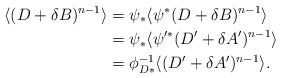
LaTeX: \begin{align*}\langle (D + \delta B)^{n-1} \rangle & = \psi_{*} \langle \psi^{*}(D+\delta B)^{n-1} \rangle \\& = \psi_{*} \langle \psi'^{*}(D' + \delta A')^{n-1}\rangle \\& = \phi_{D*}^{-1} \langle (D' + \delta A')^{n-1} \rangle.\end{align*}